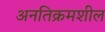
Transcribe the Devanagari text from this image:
अनतिक्रमशील